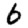
Digit: 6